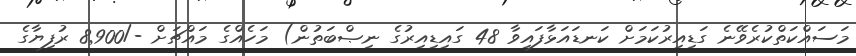
މަސައްކަތްކުރެވޭނެ ގަޑިއިރުކަމަށް ކަނޑައަޅާފައިވާ 48 ގައިޑިއިރުގެ ނިޞްބަތުން) މަހެއްގެ މައްޗަށް -/8